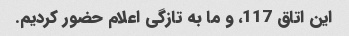
این اتاق 117، و ما به تازگی اعلام حضور کردیم.